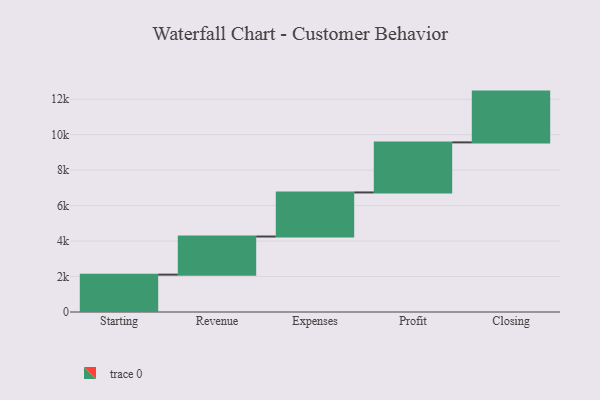
{"axis": {"x": "Step", "y": "Value"}, "legend": [""], "data": [{"x": "Starting", "y": 2106.0, "type": ""}, {"x": "Revenue", "y": 2149.0, "type": ""}, {"x": "Expenses", "y": 2485.0, "type": ""}, {"x": "Profit", "y": 2823.0, "type": ""}, {"x": "Closing", "y": 2863.0, "type": ""}]}